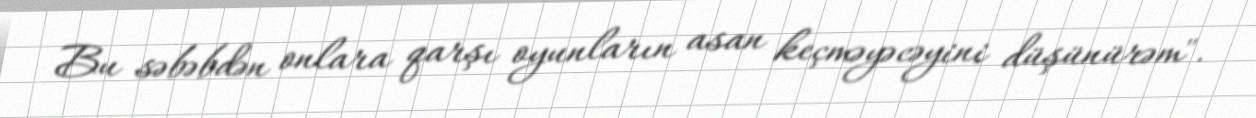
Bu səbəbdən onlara qarşı oyunların asan keçməyəcəyini düşünürəm".